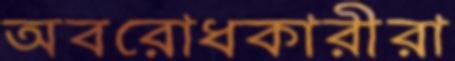
অবরোধকারীরা